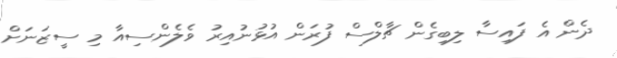
ދެން އެ ފައިސާ ލިބިގެން ޗާލްސް ފުރަން އުޅުނުއިރު ވެލެންސިއާ މި ސީޒަނަށް